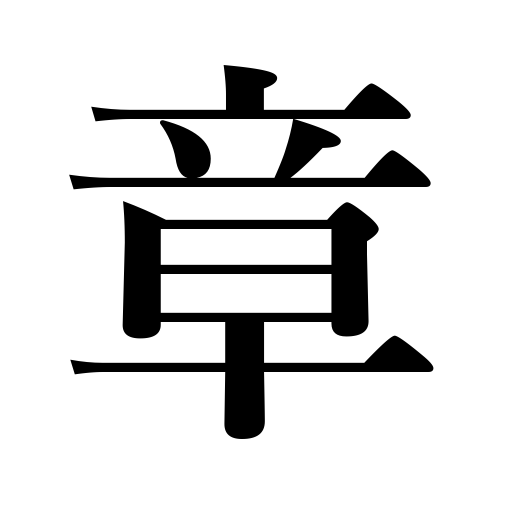
Meanings: badge,design,chapter,sign,composition,poem,mark